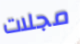
مجلات